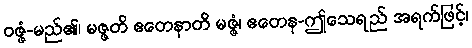
ဝဇ္ဇံ-မည်၏၊ မဇ္ဇတိ ဧတေနာတိ မဇ္ဇံ၊ ဧတေန-ဤသေရည် အရက်ဖြင့်၊